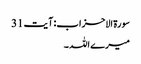
سورۃ الاحزاب: آیت 31
میرے اللہ ۔